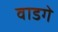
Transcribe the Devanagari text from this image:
वाडगे